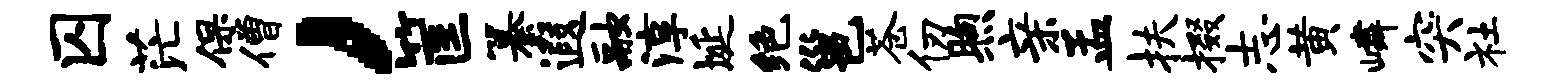
囚茫保僧，筐纂遐融淳埏绝邕苍仞煦亲孟扶掇志黄嶙突社